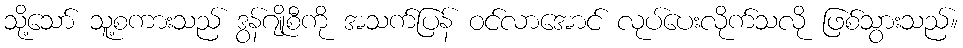
သို့သော် သူ့စကားသည် ဒွန်ဂျိုစီကို အသက်ပြန် ဝင်လာအောင် လုပ်ပေးလိုက်သလို ဖြစ်သွားသည်။